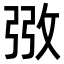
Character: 㢸